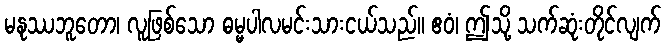
မနုဿဘူတော၊ လူဖြစ်သော ဓမ္မပါလမင်းသားငယ်သည်။ ဧဝံ၊ ဤသို့ သက်ဆုံးတိုင်လျက်